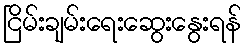
ငြိမ်းချမ်းရေးဆွေးနွေးရန်